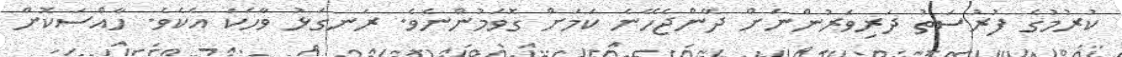
ކުރުމުގެ ފުރުސަތު ދަރިވަރުންނަށް ދޭންޖެހޭނެ ކަމަށް ގޮވަމުންނެވެ. ރަނގަޅު ވާހަކަ އެކެވެ. ހާއްސަކޮށް